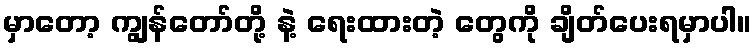
မှာတော့ ကျွန်တော်တို့ နဲ့ ရေးထားတဲ့ တွေကို ချိတ်ပေးရမှာပါ။